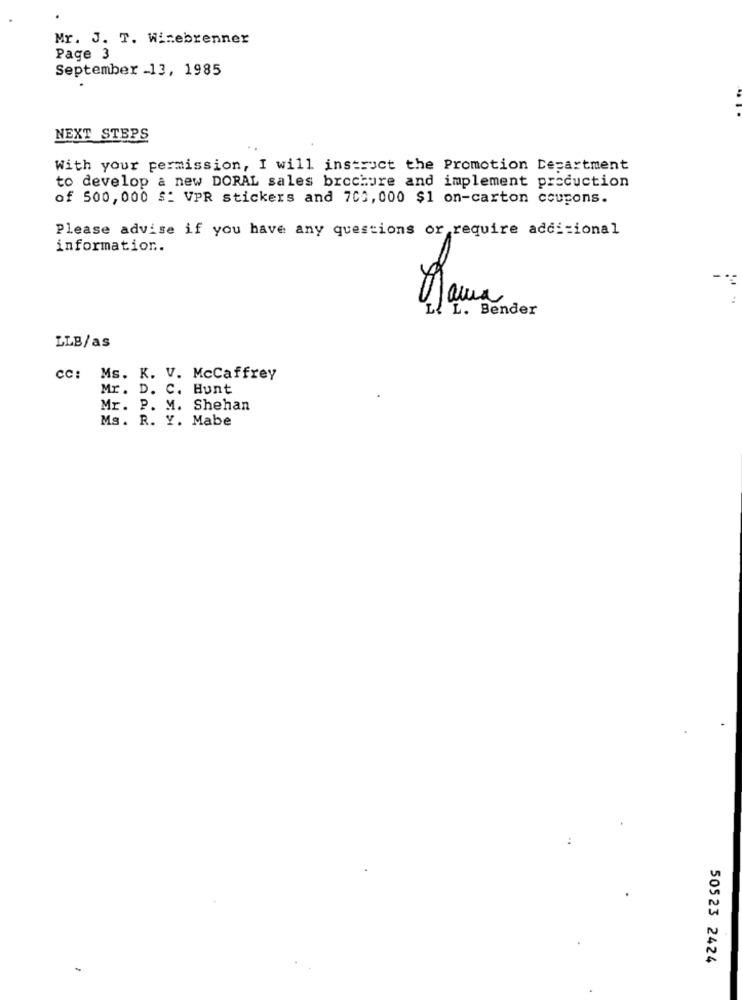
Mr. J. T. Winebrenner
Page 3
September -13, 1985
NEXT STEPS
With your permission, I will instruct the Promotion Department
to develop a new DORAL sales brochure and implement production
of 500, 000 $: VPR stickers and 705, 000 $1 on-carton coupons.
Please advise if you have any questions or require additional
information.
Mama
L. L. Bender
LLB/as
cc: Ms. K. V. McCaffrey
Mr. D. C. Hunt
Mr. P. M. Shehan
Ms. R. Y. Mabe
50523 2424
-